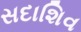
સદાશિવ